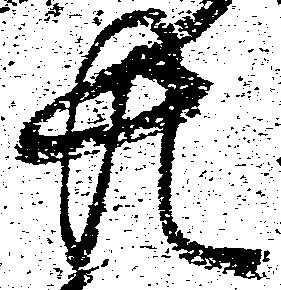
共